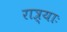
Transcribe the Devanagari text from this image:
रात्र्याः